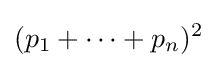
(p_{1}+\cdots +p_{n})^{2}